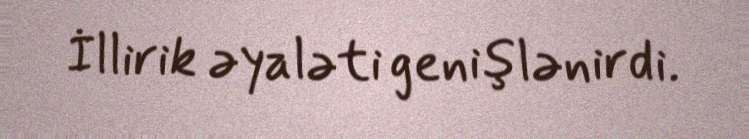
İllirik əyaləti genişlənirdi.